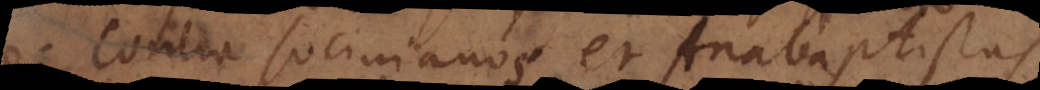
. Contra Socinianos et Anabaptistas